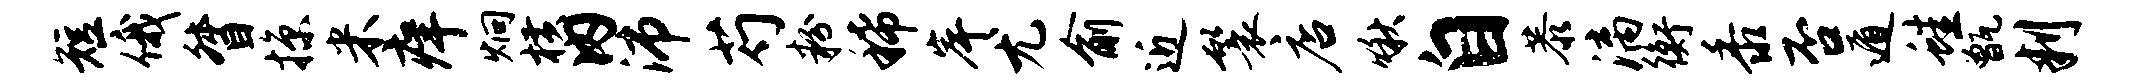
短俄督掠米痒炯横内沛芍粉稀岸尤俞近鬟店啾自恭漓衡黍否遁蛙甑判